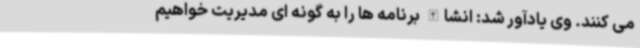
می کنند. وی یادآور شد: انشاالله برنامه ها را به گونه ای مدیریت خواهیم